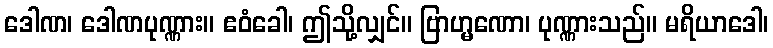
ဒေါဏ၊ ဒေါဏပုဏ္ဏား။ ဧဝံခေါ၊ ဤသို့လျှင်။ ဗြာဟ္မဏော၊ ပုဏ္ဏားသည်။ မရိယာဒေါ၊